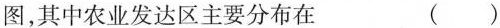
图，其中农业发达区主要分布在()